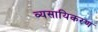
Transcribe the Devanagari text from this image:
व्यसायिकरण